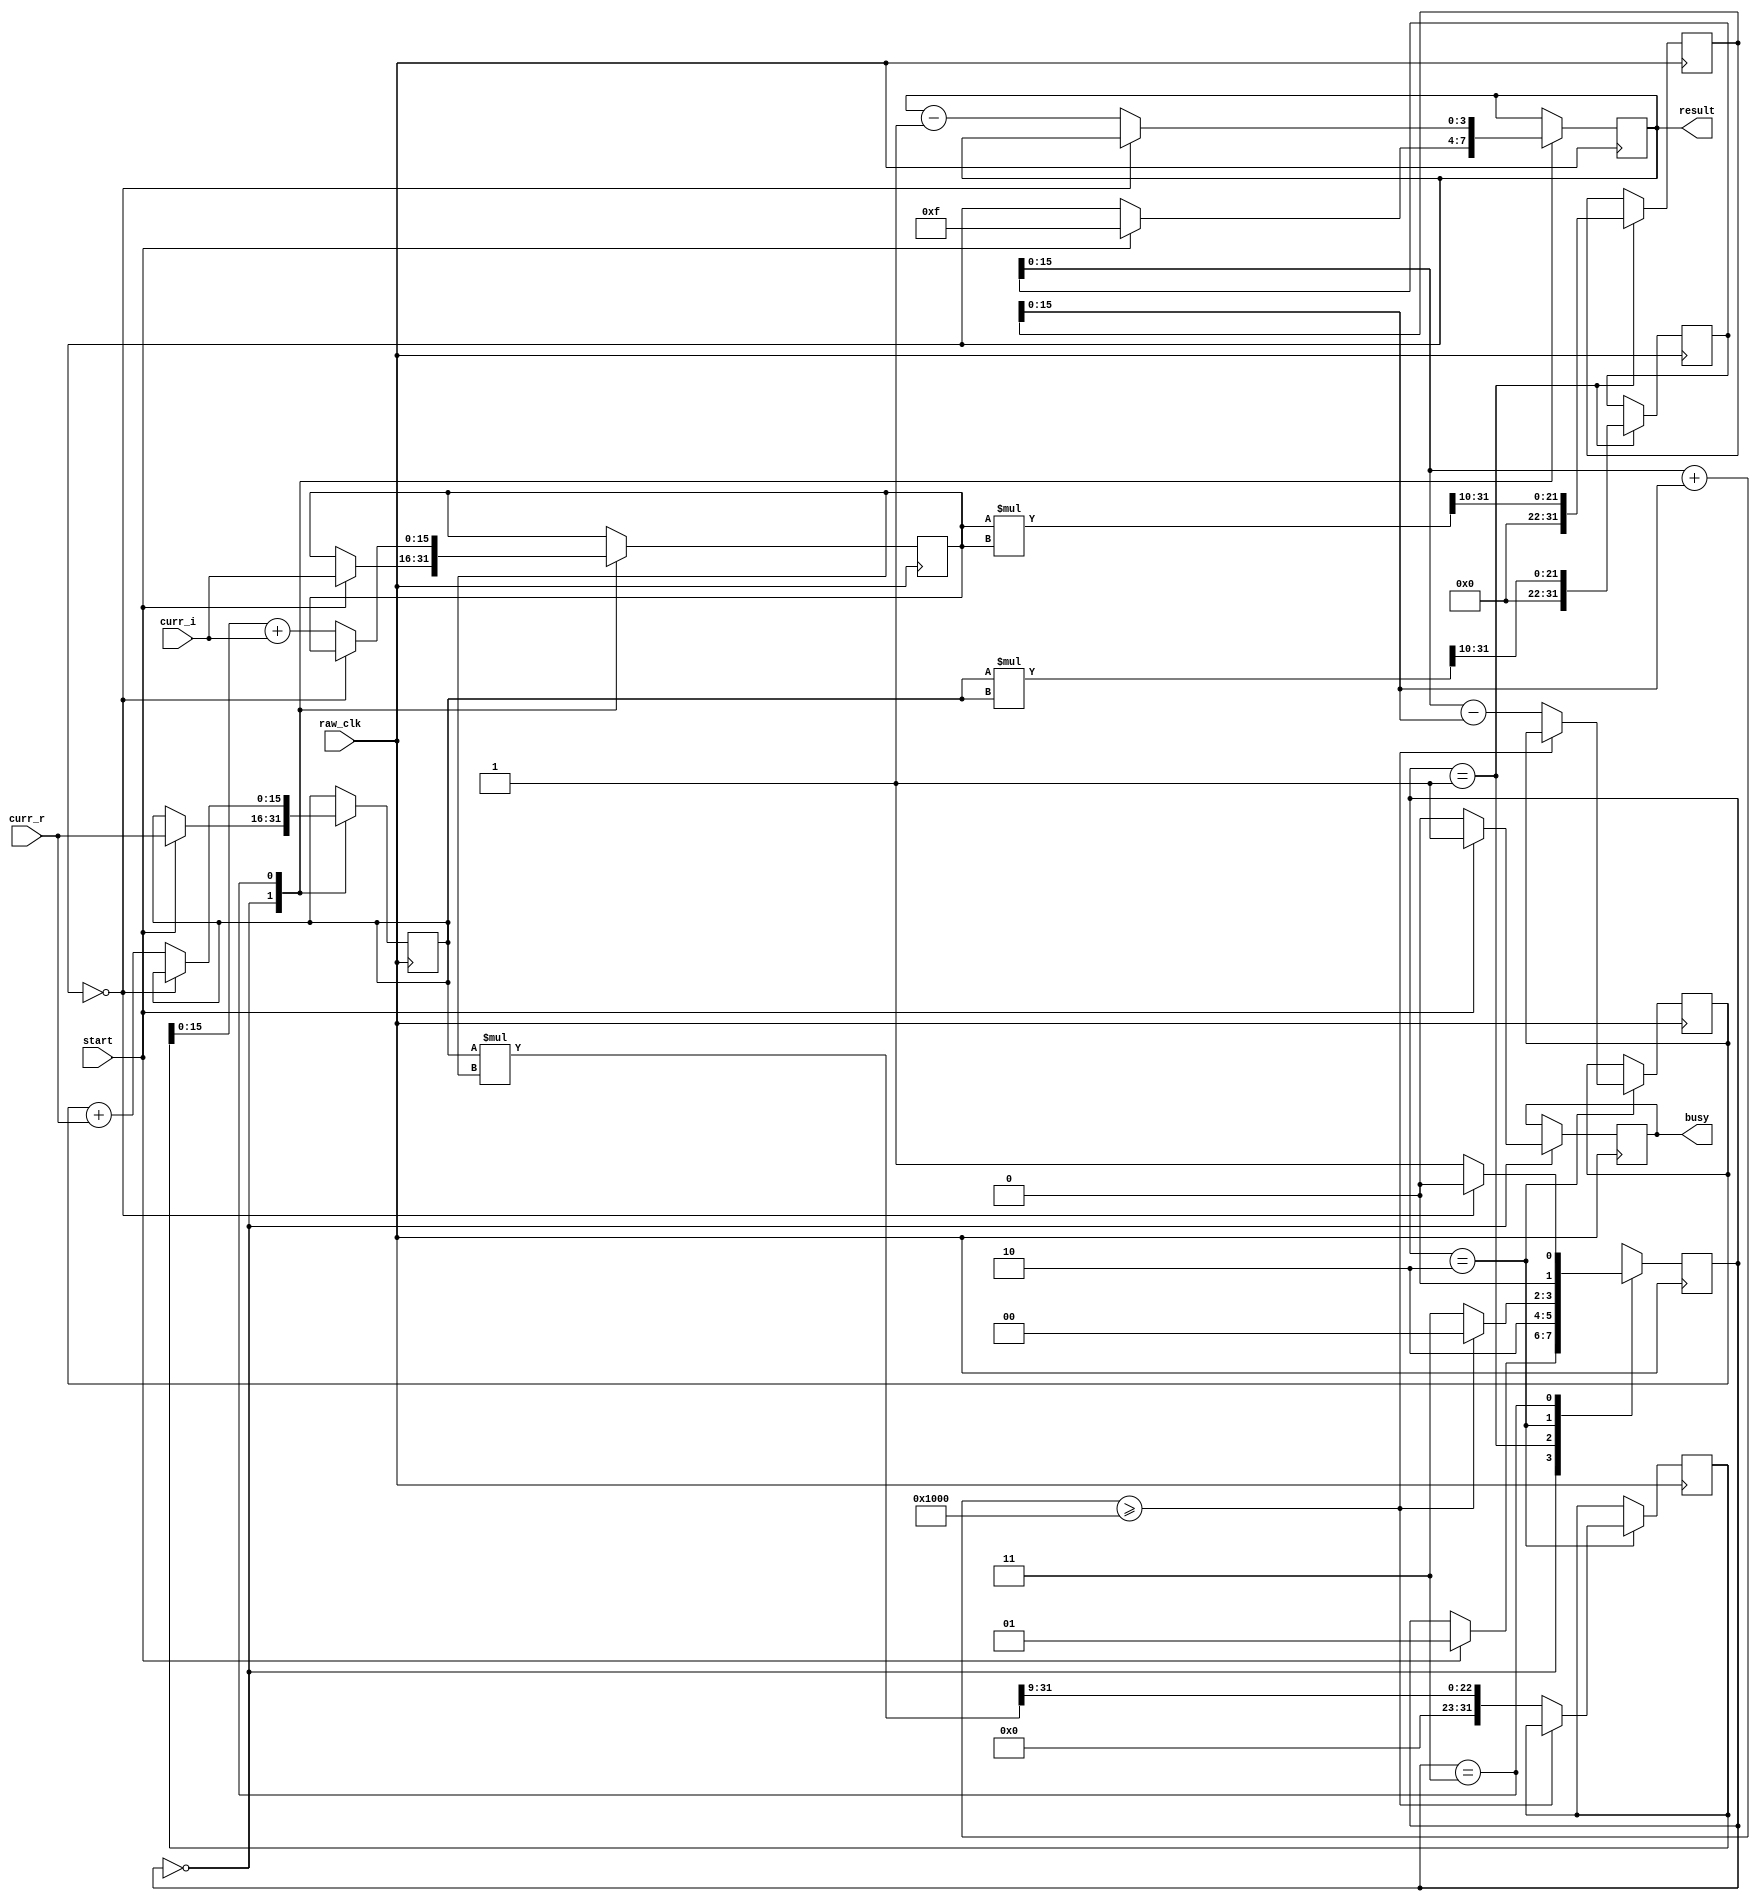
// micro68k (reduced Motorola 68000) FPGA Soft Processor
//     Web: https://www.mikekohn.net/
//   Board: iceFUN iCE40 HX8K
// License: MIT
//
// Copyright 2023 by Michael Kohn

module mandelbrot
(
  input  raw_clk,
  input  start,
  input  [15:0] curr_r,
  input  [15:0] curr_i,
  output [3:0]  result,
  output busy
);

reg is_running = 0;

reg [1:0] state = 0;
reg signed [15:0] zr;
reg signed [15:0] zi;
reg signed [31:0] zr2;
reg signed [31:0] zi2;
reg signed [15:0] tr;
reg signed [31:0] ti;
reg [3:0] count;

assign result = count;
assign busy = is_running;

parameter STATE_IDLE         = 0;
parameter STATE_START        = 1;
parameter STATE_CHECK_SQUARE = 2;
parameter STATE_LAST         = 3;

always @(posedge raw_clk) begin
  case (state)
    STATE_IDLE:
      begin
        if (start) begin
          is_running <= 1;
          zr <= curr_r;
          zi <= curr_i;
          state <= STATE_START;
          count <= 15;
        end else begin
          is_running <= 0;
        end
      end
    STATE_START:
      begin
        zr2 <= (zr * zr) >> 10;
        zi2 <= (zi * zi) >> 10;
        state <= STATE_CHECK_SQUARE;
      end
    STATE_CHECK_SQUARE:
      begin
        if ((zr2[15:0] + zi2[15:0]) >= (4 << 10)) begin
          state <= STATE_IDLE;
        end else begin
          tr <= zr2[15:0] - zi2[15:0];
          ti <= (zr * zi) >> 9;
          state = STATE_LAST;
        end
      end
    STATE_LAST:
      begin
        if (count == 0) begin
          state <= STATE_IDLE;
        end else begin
          zr <= tr + curr_r;
          zi <= ti[15:0] + curr_i;
          state <= STATE_START;
          count <= count - 1;
        end
      end
  endcase
end

endmodule